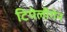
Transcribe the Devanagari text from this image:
टिपेलीगेन